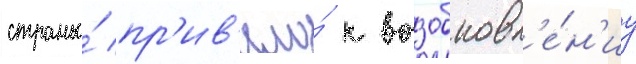
страны́ пр'ив'ело́ к возобновл'е́н'иу